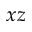
x z